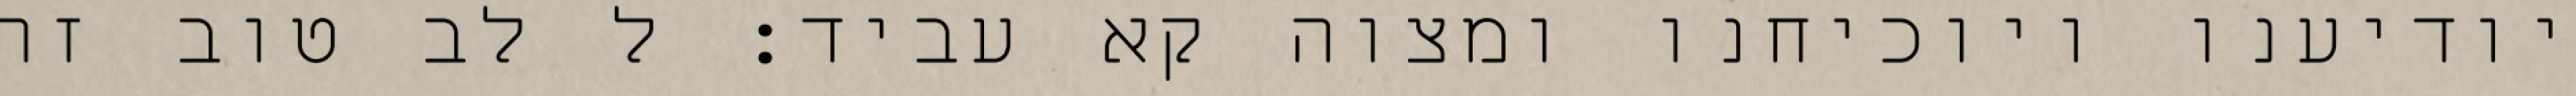
יודיענו ויוכיחנו ומצוה קא עביד: ל לב טוב זה